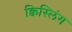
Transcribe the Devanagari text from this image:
क्विस्लिंग